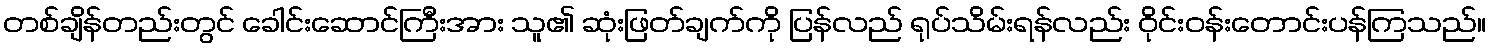
တစ်ချိန်တည်းတွင် ခေါင်းဆောင်ကြီးအား သူ၏ ဆုံးဖြတ်ချက်ကို ပြန်လည် ရုပ်သိမ်းရန်လည်း ဝိုင်းဝန်းတောင်းပန်ကြသည်။